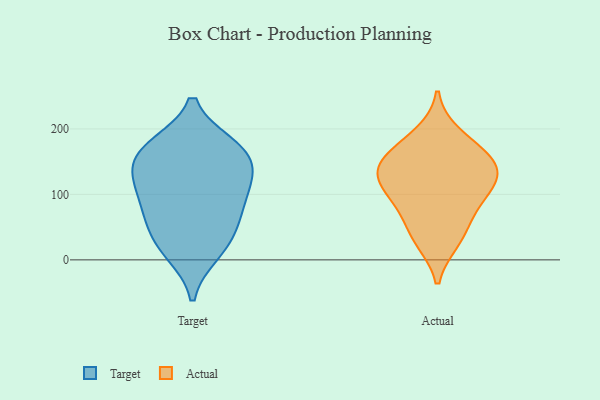
{"axis": {"x": "Tickets Resolved", "y": "Value"}, "legend": ["Actual", "Target"], "data": [{"x": "", "y": 75, "type": "Target"}, {"x": "", "y": 173, "type": "Target"}, {"x": "", "y": 112, "type": "Target"}, {"x": "", "y": 116, "type": "Target"}, {"x": "", "y": 47, "type": "Target"}, {"x": "", "y": 171, "type": "Target"}, {"x": "", "y": 22, "type": "Target"}, {"x": "", "y": 12, "type": "Target"}, {"x": "", "y": 74, "type": "Target"}, {"x": "", "y": 126, "type": "Target"}, {"x": "", "y": 156, "type": "Target"}, {"x": "", "y": 162, "type": "Target"}, {"x": "", "y": 110, "type": "Actual"}, {"x": "", "y": 29, "type": "Actual"}, {"x": "", "y": 192, "type": "Actual"}, {"x": "", "y": 76, "type": "Actual"}, {"x": "", "y": 84, "type": "Actual"}, {"x": "", "y": 139, "type": "Actual"}, {"x": "", "y": 152, "type": "Actual"}, {"x": "", "y": 118, "type": "Actual"}, {"x": "", "y": 169, "type": "Actual"}, {"x": "", "y": 37, "type": "Actual"}, {"x": "", "y": 126, "type": "Actual"}, {"x": "", "y": 148, "type": "Actual"}]}